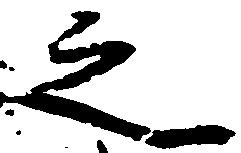
之